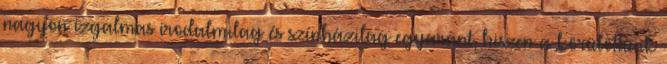
nagyon izgalmas irodalmilag és színházilag egyaránt, hiszen a körülöttünk